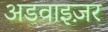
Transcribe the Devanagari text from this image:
अडवाइज़र